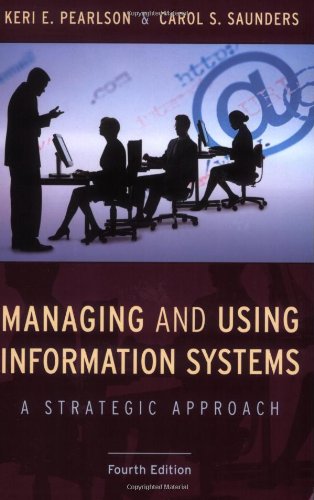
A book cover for Managing and Using Information Systems: A Strategic Approach; Keri E. Pearlson; Business & Money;